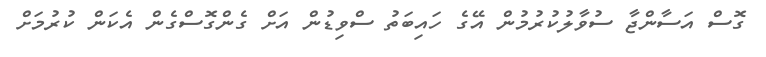
ގޮސް އަސާންޖާ ސުވާލުކުރުމުން އޭގެ ހައިބަތު ސްވިޑުން އަށް ގެންގޮސްގެން އެކަން ކުރުމަށް